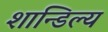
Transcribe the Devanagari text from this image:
शान्डिल्य